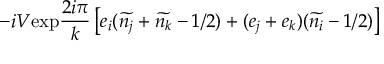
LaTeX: - i V \mathrm { e x p } \frac { 2 i \pi } { k } \left[ e _ { i } ( \widetilde { n _ { j } } + \widetilde { n _ { k } } - 1 / 2 ) + ( e _ { j } + e _ { k } ) ( \widetilde { n _ { i } } - 1 / 2 ) \right]